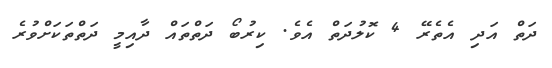
ދަތް އަދި އެތެރޭ 4 ކޮލުދަތް އެވެ. ކިރުބޯ ދަތްތައް ދާއިމީ ދަތްތަކަށްވުރެ